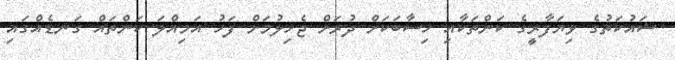
ޝައުކަތުގެ ވިޔަފާރީގެ ކަންތަކާއި ހިސާބަކަށް ދުރަށް ޖެހިލުމަށް ފަހު އަމިއްލަ ކަންތައް ގަނޑެއްގައި